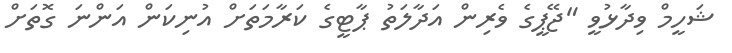
ޝަހީމް ވިދާޅުވީ "ޖޭޕީގެ ވެރިން އަދާލަތު ޕާޓީގެ ކަރާމަތަށް އުނިކަން އަންނަ ގޮތަށް